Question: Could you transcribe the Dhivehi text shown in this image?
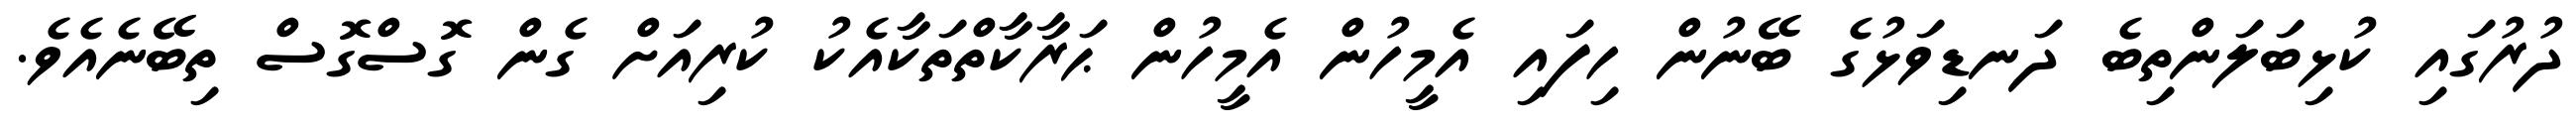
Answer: ދުރުގައި ކުޅިބަލަންތިބެ ދަނޑިވަޅުގެ ބޭނުން ހިފައި އެމީހުން އެމީހުން ޙަރާކާތްތަކާއެކު ކުރިއަށް ގެން ގޮސްގޮސް ތިބޭނެއެވެ.